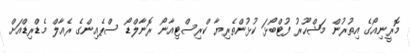
މޮރީނިއޯގެ އިތުރުން މަޝްހޫރު ފުޓްބޯޅަ ކުޅުންތެރިޔާ ކްރިސްޓިއާނޯ ރޮނާލްޑޯ ސްޕެއިންގެ ރެއާލް މެޑްރިޑްއަށް